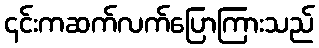
၎င်းကဆက်လက်ပြောကြားသည်